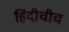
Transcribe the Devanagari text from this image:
हिंदीचीच